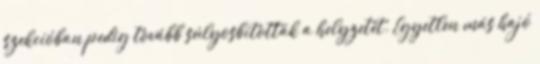
szekcióban pedig tovább súlyosbították a helyzetét. Egyetlen más hajó